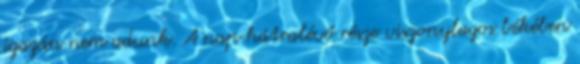
igazán nem adunk. A nap hátralévő része viszonylagos békében